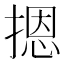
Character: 摁